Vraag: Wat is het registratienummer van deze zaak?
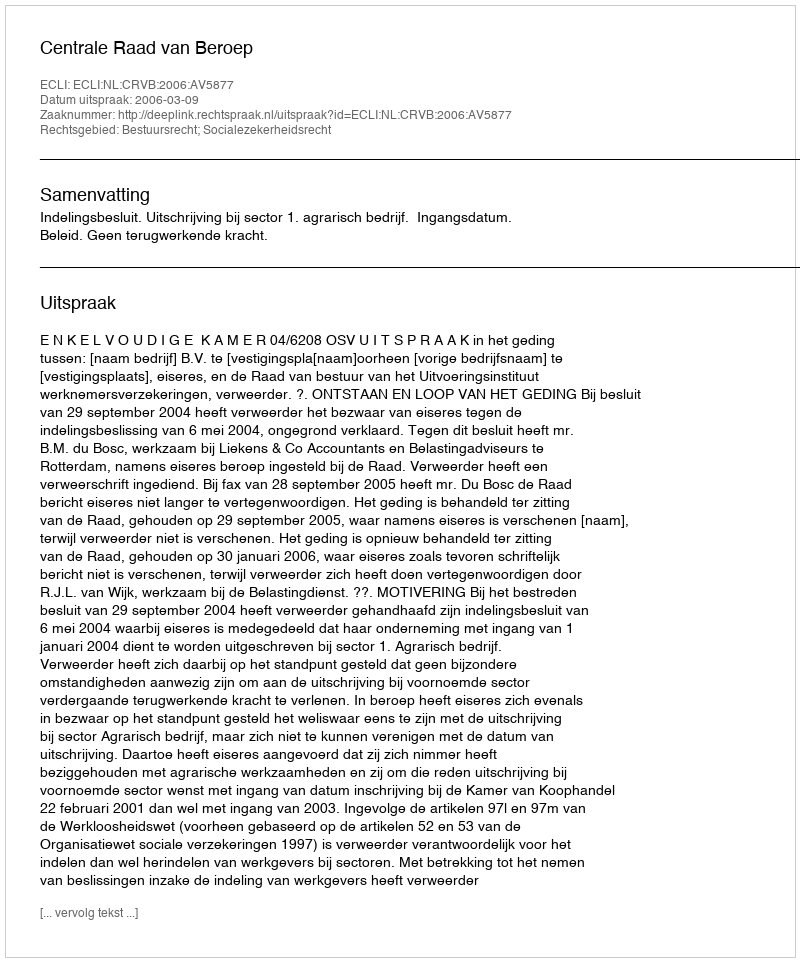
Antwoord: http://deeplink.rechtspraak.nl/uitspraak?id=ECLI:NL:CRVB:2006:AV5877